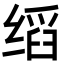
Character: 𬘺